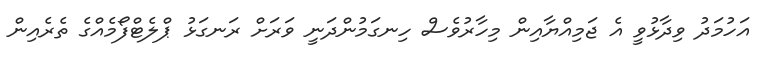
އަހުމަދު ވިދާޅުވީ އެ ޖަމިއްޔާއިން މިހާރުވެސް ހިނގަމުންދަނީ ވަރަށް ރަނގަޅު ޕްލެޓްފޯމެއްގެ ތެރެއިން